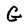
Character: G